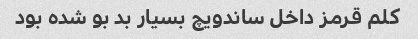
کلم قرمز داخل ساندویچ بسیار بد بو شده بود